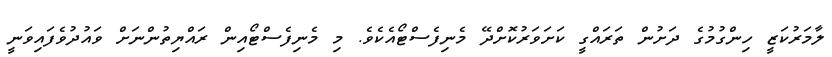
ލާމަރުކަޒީ ހިންގުމުގެ ދަށުން ތަރައްގީ ކަށަވަރުކޮށްދޭ މެނިފެސްޓޯއެކެވެ. މި މެނިފެސްޓޯއިން ރައްޔިތުންނަށް ވައުދުވެފައިވަނީ